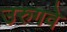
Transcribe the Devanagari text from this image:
उरुगवे